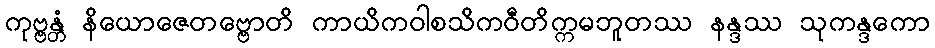
ကုဗ္ဗန္တံ နိယောဇေတဗ္ဗောတိ ကာယိကဝါစသိကဝီတိက္ကမဘူတဿ နန္ဒဿ သုကန္ဒကော